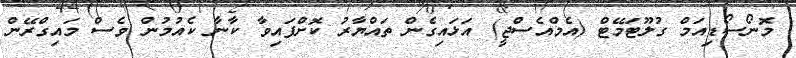
މޮނޯސޯޑިއަމް ގުލޫޓަމޭޓް (އެމްއެސްޖީ) އަޅައިގެން ތައްޔާރު ކޮށްފައިވާ ކާނާ ކެއުމުން ވެސް މައިގްރޭން